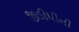
જીડીપીની